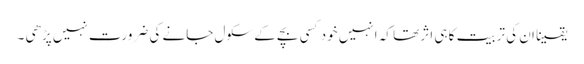
یقینا ان کی تربیت کا ہی اثر تھا کہ انہیں خود کسی بچے کے سکول جانے کی ضرورت نہیں پڑھی ۔